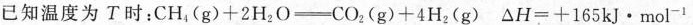
已知温度为T时：$$C H _ { 4 } ( g ) + 2 H _ { 2 } O = C O _ { 2 } ( g ) + 4 H _ { 2 } ( g )$$ $$△